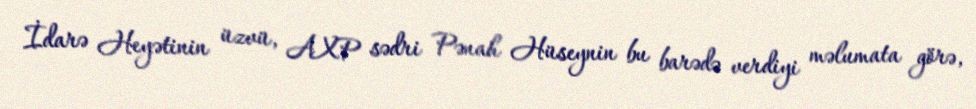
İdarə Heyətinin üzvü, AXP sədri Pənah Hüseynin bu barədə verdiyi məlumata görə,